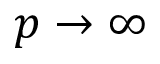
p \to \infty